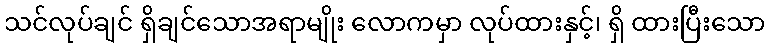
သင်လုပ်ချင် ရှိချင်သောအရာမျိုး လောကမှာ လုပ်ထားနှင့်၊ ရှိ ထားပြီးသော